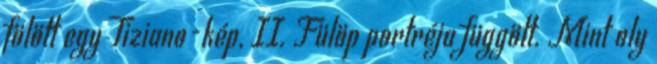
fölött egy Tiziano-kép, II. Fülöp portréja függött. Mint oly